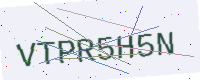
Text: VTPR5H5N